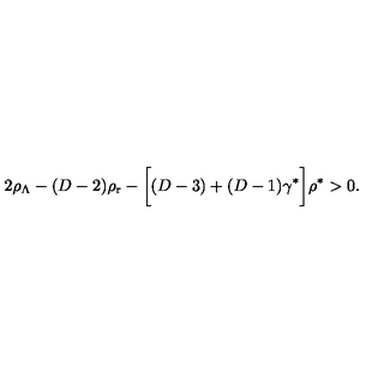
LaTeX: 2 \rho _ { \Lambda } - ( D - 2 ) \rho _ { \mathrm { r } } - \biggl [ ( D - 3 ) + ( D - 1 ) \gamma ^ { * } \biggr ] \rho ^ { * } > 0 .